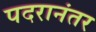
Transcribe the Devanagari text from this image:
पदरानंतर